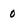
Character: 0